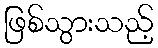
ဖြစ်သွားသည့်